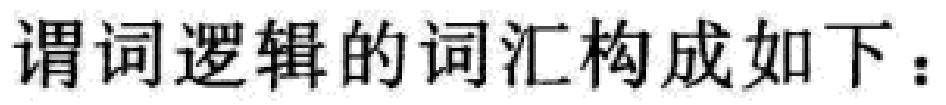
谓词逻辑的词汇构成如下：